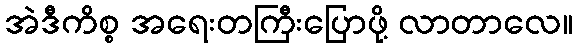
အဲဒီကိစ္စ အရေးတကြီးပြောဖို့ လာတာလေ။